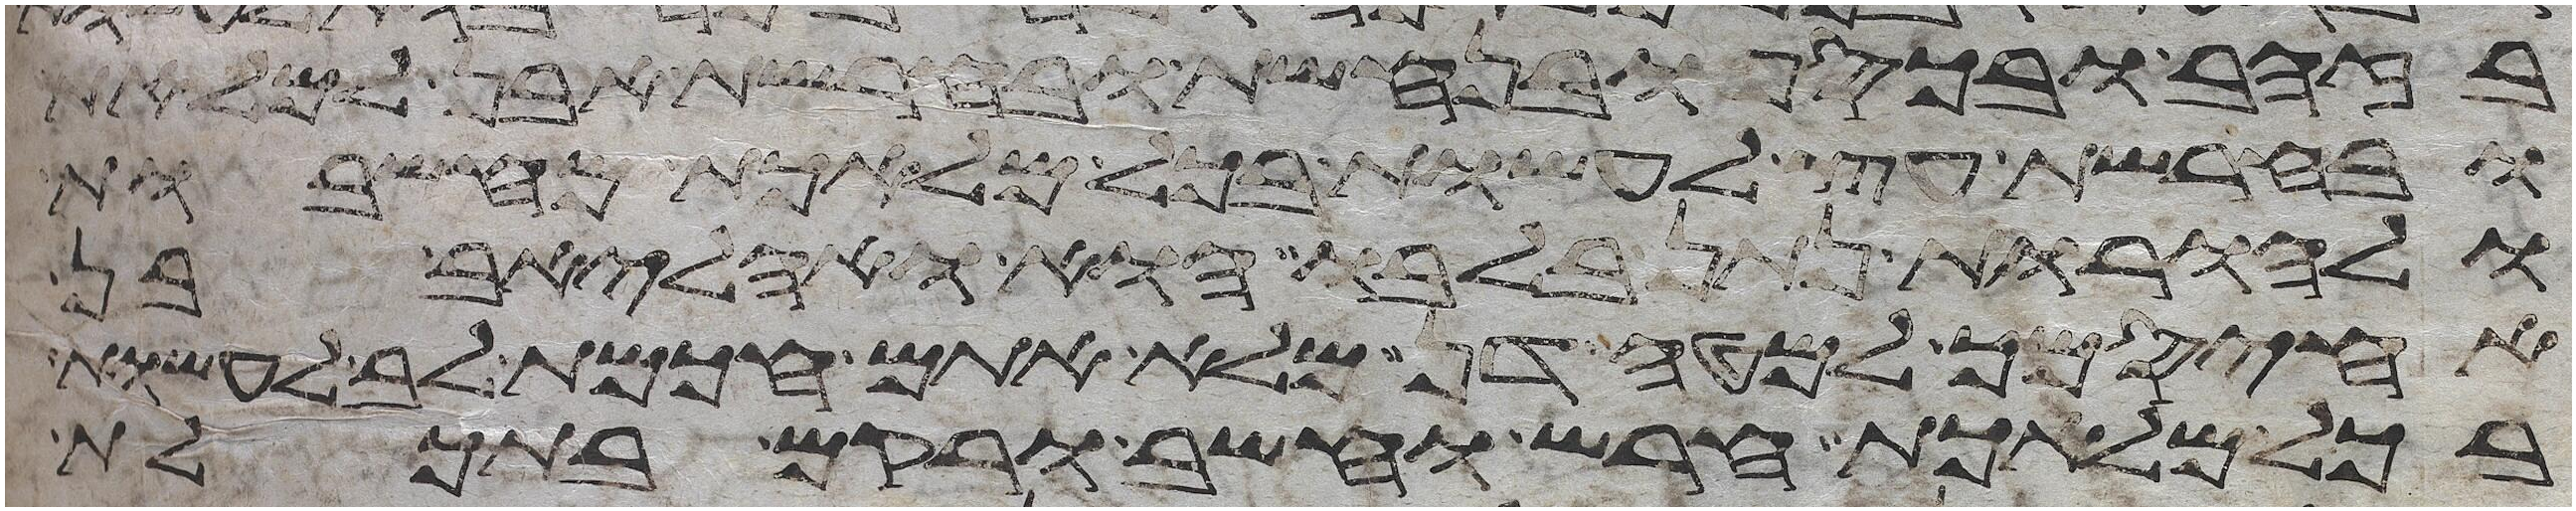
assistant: בזהב ובכסף ובנחשת ובחרשת אבן למלאת
ובחרשת עץ לעשות בכל מלאכת מחשבות
ולהורות נתן בלבו הוא ואהליאב בן
אחיסמך למטה דן מלא אתם חכמת לב לעשות
בכל מלאכת חרש וחשב ורקם בתכלת